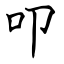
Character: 叩